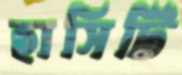
হাসিটি